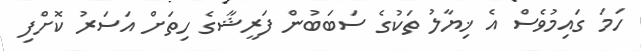
ހަމަ ގައިމުވެސް އެ ޚިޔާލު ތަކުގެ ސަބަބުން ފަރީޝާގެ ހިތަށް އަސަރު ކޮށްފި